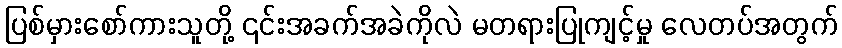
ပြစ်မှားစော်ကားသူတို့ ၎င်းအခက်အခဲကိုလဲ မတရားပြုကျင့်မှု လေတပ်အတွက်